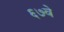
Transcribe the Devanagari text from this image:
६७वे